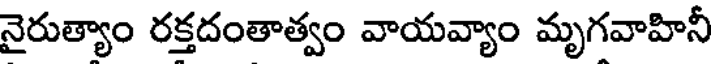
నైరుత్యాం రక్తదంతాత్వం వాయవ్యాం మృగవాహినీ